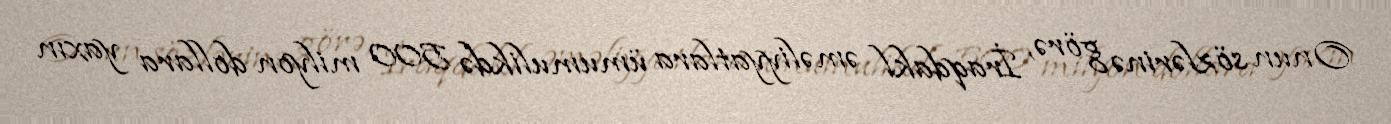
Onun sözlərinə görə, İraqdakl əməliyyatlara ümumulikdə 500 milyon dollara yaxın